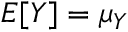
E [ Y ] = \mu _ { Y }